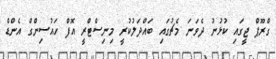
ގްރޫޕް ޖީގައި ކުޅުނު ދެވަނަ މެޗުގައި ބައްދަލުކުރީ މިނިސްޓްރީ އޮފް ހައުސިންގް އެންޑް